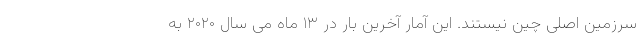
سرزمین اصلی چین نیستند. این آمار آخرین بار در ۱۳ ماه می سال ۲۰۲۰ به